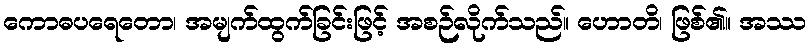
ကောဓပရေတော၊ အမျက်ထွက်ခြင်းဖြင့် အစဉ်လိုက်သည်။ ဟောတိ၊ ဖြစ်၏။ အဿ